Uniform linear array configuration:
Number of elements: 64
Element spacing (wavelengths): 0.75
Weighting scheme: binomial
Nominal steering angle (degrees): -15
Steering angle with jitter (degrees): -15.845
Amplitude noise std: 0.05
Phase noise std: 0.05

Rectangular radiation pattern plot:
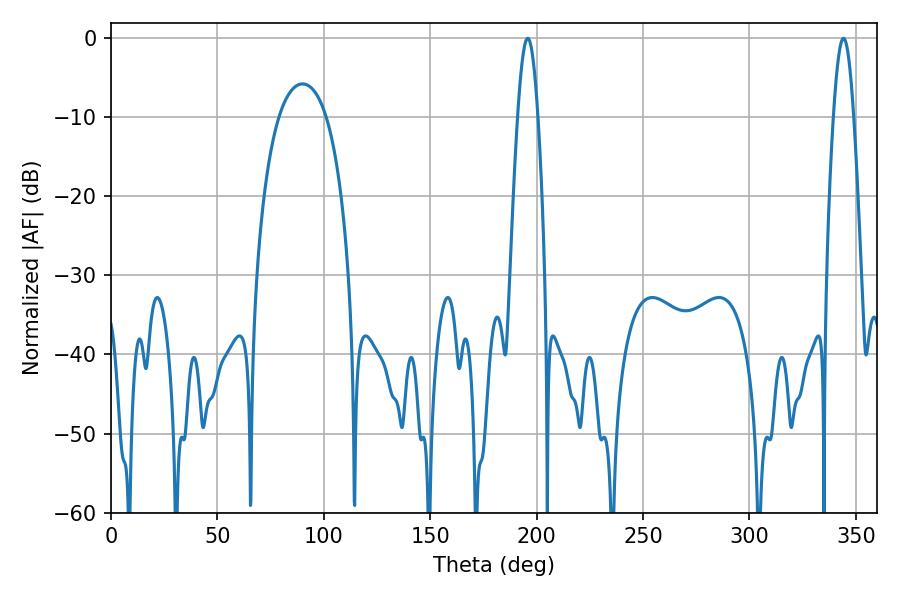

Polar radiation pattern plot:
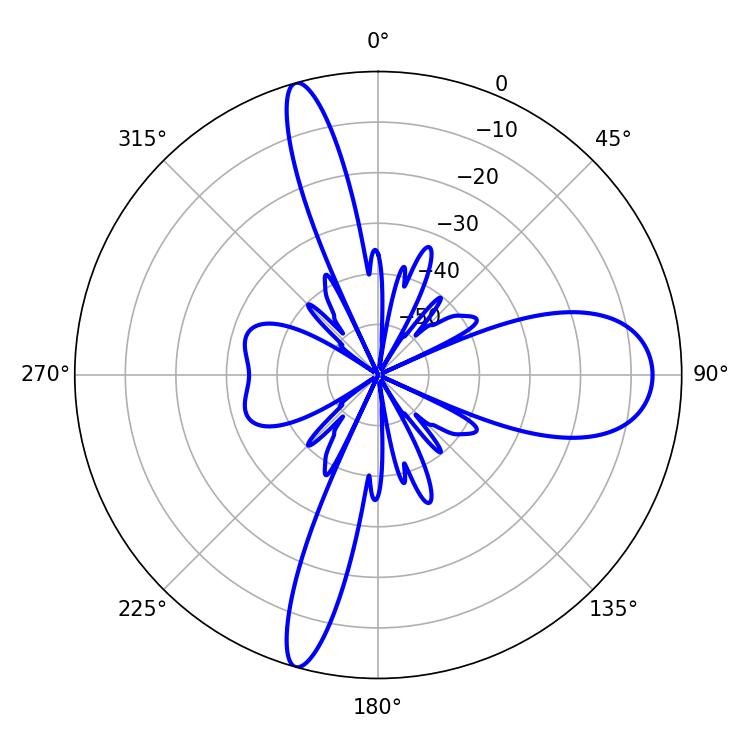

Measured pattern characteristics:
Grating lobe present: TRUE
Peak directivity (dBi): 17.455
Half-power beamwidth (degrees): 5.04
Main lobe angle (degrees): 195.84